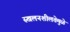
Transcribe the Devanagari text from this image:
स्खलनशीलतेमुळे